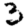
Digit: 3